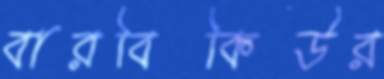
বারবিকিউর